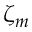
\zeta _ { m }